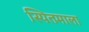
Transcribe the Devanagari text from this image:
स्पितमाला